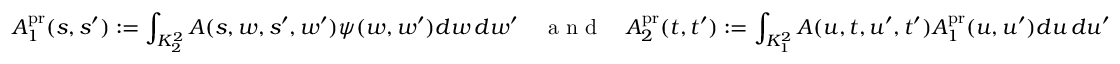
A _ { 1 } ^ { \mathrm { p r } } ( s , s ^ { \prime } ) : = \int _ { K _ { 2 } ^ { 2 } } A ( s , w , s ^ { \prime } , w ^ { \prime } ) \psi ( w , w ^ { \prime } ) d w \, d w ^ { \prime } \quad \textnormal { a n d } \quad A _ { 2 } ^ { \mathrm { p r } } ( t , t ^ { \prime } ) : = \int _ { K _ { 1 } ^ { 2 } } A ( u , t , u ^ { \prime } , t ^ { \prime } ) A _ { 1 } ^ { \mathrm { p r } } ( u , u ^ { \prime } ) d u \, d u ^ { \prime }